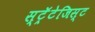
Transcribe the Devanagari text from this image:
स्ट्रॅटेजिस्ट